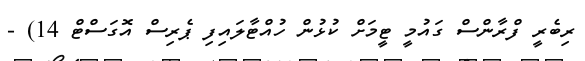
ރިބެރީ ފްރާންސް ގައުމީ ޓީމަށް ކުޅުން ހުއްޓާލައިފި ޕެރިސް އޮގަސްޓް 14) -